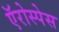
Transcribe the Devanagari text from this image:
ऍरोस्पेस